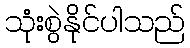
သုံးစွဲနိုင်ပါသည်